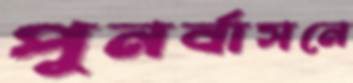
পুনর্বাসনে